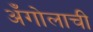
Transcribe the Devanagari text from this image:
अँगोलाची